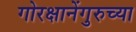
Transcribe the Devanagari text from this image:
गोरक्षानेंगुरुच्या